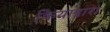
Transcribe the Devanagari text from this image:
क्रियाद्वारा